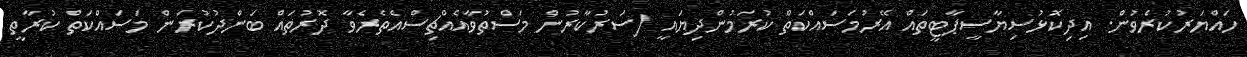
ހައްޔަރުކުރެވުން. އިދިކޮޅުސިޔާސީޕާޓީތައް އޭރުމަސައްކަތް ކުރަމުންދިޔައީ (ސަރުކާރުން މަސްތުވާއެއްޗިސްއެތެރެވާ ދޮރުތައް ބަންދުކުރަން މަސައްކަތް ކުރާތީ